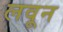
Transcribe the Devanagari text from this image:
लवून